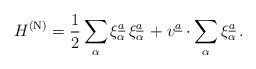
\begin{align*}H^{\rm (N)} = {1\over 2}\sum\limits_{\alpha} \xi_{\alpha}^{\underline{a}}\, \xi_{\alpha}^{\underline{a}}\, + v^{\underline{a}} \cdot \sum\limits_{\alpha} \xi_{\alpha}^{\underline{a}}\, .\end{align*}